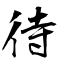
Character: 待